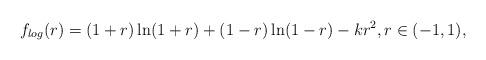
LaTeX: \begin{align*} f_{log}(r) &= (1+r)\ln (1+r)+(1-r)\ln (1-r) - k r^2 , r \in (-1,1), \end{align*}